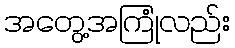
အတွေ့အကြုံလည်း